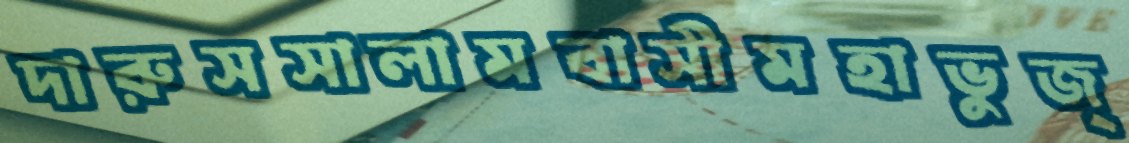
দারুসসালামবাসীমহাভুজ্